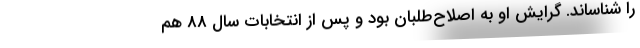
را شناساند. گرایش او به اصلاح‌طلبان بود و پس از انتخابات سال 88 هم